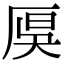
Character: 𠩩